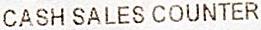
CASH SALES COUNTER